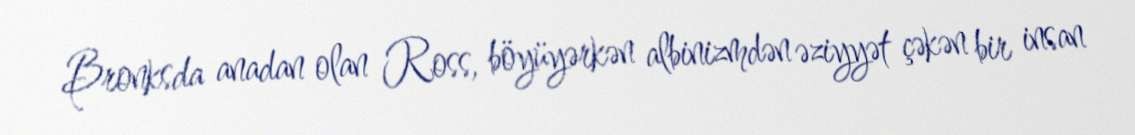
Bronksda anadan olan Ross, böyüyərkən albinizmdən əziyyət çəkən bir insan